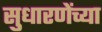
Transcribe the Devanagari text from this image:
सुधारणेंच्या